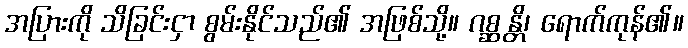
အပြားကို သိခြင်းငှာ စွမ်းနိုင်သည်၏ အဖြစ်သို့။ ဂစ္ဆန္တိ၊ ရောက်ကုန်၏။